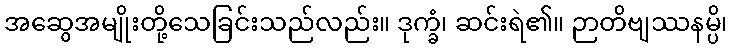
အဆွေအမျိုးတို့သေခြင်းသည်လည်း။ ဒုက္ခံ၊ ဆင်းရဲ၏။ ဉာတိဗျဿနမ္ပိ၊